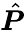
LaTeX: \hat{\boldsymbol P}